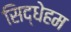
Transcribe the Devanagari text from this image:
सिद्धेहम